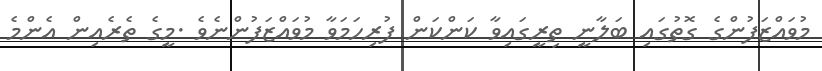
މުވައްޒަފުންގެ ގޮތުގައި ބަލާނީ ތިރީގައިވާ ކަންކަން ފުރިހަމަވާ މުވައްޒަފުންނެވެ .މީގެ ތެރެއިން އެންމެ